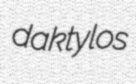
daktylos